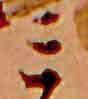
ミ